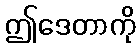
ဤဒေတာကို